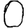
Digit: 0